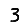
Digit: 3